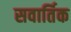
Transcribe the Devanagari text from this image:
सवार्तिक